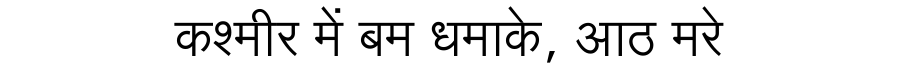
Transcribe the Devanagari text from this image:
कश्मीर में बम धमाके, आठ मरे